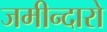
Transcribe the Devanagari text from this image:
जमीन्दारो